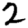
Digit: 2